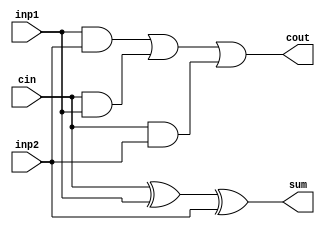
module Full_adder(sum,cout,cin,inp1,inp2);

input cin, inp1, inp2;
output sum,cout;

////////////////////////////////////  count   'cout'  /////////////////////////////////////////////////////// 
and and1(inp1_2,inp1,inp2); //inp1_2 = inp1 and inp2
and and2(cin_inp1,cin,inp1); // cin_inp1 = cin and inp1
and and3(cin_inp2,cin,inp2); // cin_inp2 = cin and inp2
or or1(or_wire,inp1_2,cin_inp1); // or_wire = inp1_2 or cin_inp1
or or2(cout,or_wire,cin_inp2); // cout = or_wire or cin_inp2
////////////////////////////////////////////////////////////////////////////////////////////////////////////

//////////////////////////////////   count 'sum'  /////////////////////////////////////////////////////// 
xor xor1(xor_wire,cin,inp1); // xor_wire = cin xor inp1
xor xor2(sum,xor_wire,inp2); // sum = xor_wire xor inp2
/////////////////////////////////////////////////////////////////////////////////////////////////////////////

endmodule